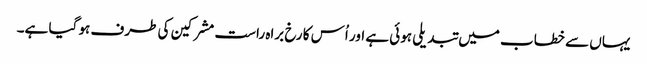
یہاں سے خطاب میں تبدیلی ہوئی ہے اور اُس کا رخ براہ راست مشرکین کی طرف ہو گیا ہے۔